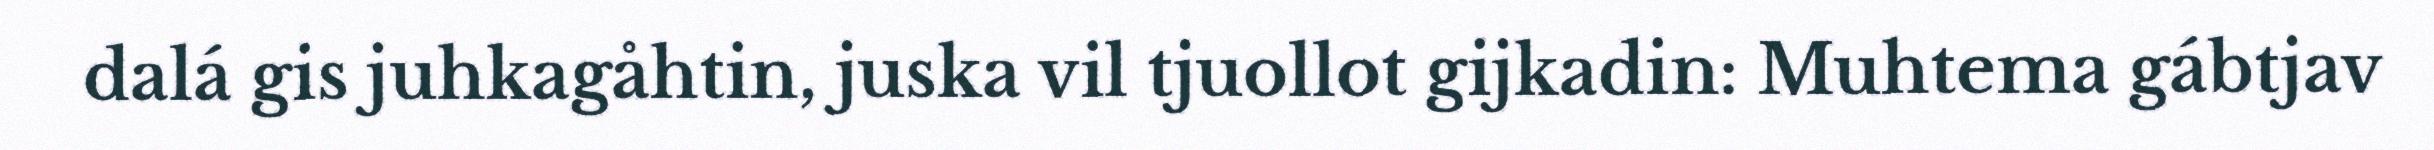
dalá gis juhkagåhtin, juska vil tjuollot gijkadin: Muhtema gábtjav